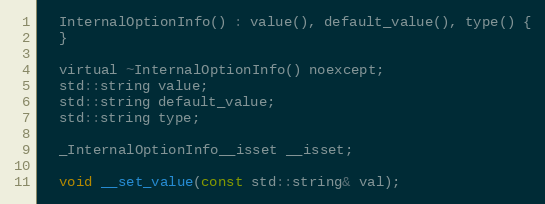
Language: C
  InternalOptionInfo() : value(), default_value(), type() {
  }

  virtual ~InternalOptionInfo() noexcept;
  std::string value;
  std::string default_value;
  std::string type;

  _InternalOptionInfo__isset __isset;

  void __set_value(const std::string& val);